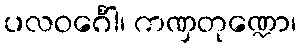
ပလဝင်္ဂေါ၊ ကဏှတုဏ္ဍော၊